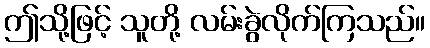
ဤသို့ဖြင့် သူတို့ လမ်းခွဲလိုက်ကြသည်။